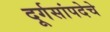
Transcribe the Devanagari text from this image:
दूर्गसांपदेचे